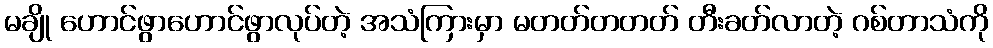
မချို ဟောင်ဖွာဟောင်ဖွာလုပ်တဲ့ အသံကြားမှာ မတတ်တတတ် တီးခတ်လာတဲ့ ဂစ်တာသံကို